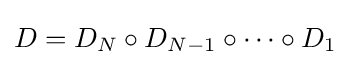
D=D_{N}\circ D_{N-1}\circ \cdots \circ D_{1}